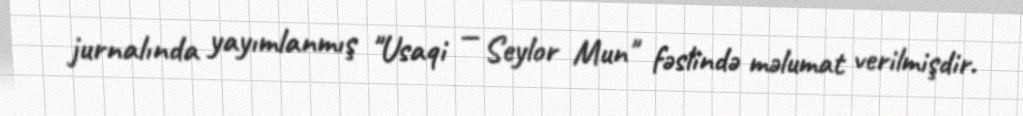
jurnalında yayımlanmış "Usaqi — Seylor Mun" fəslində məlumat verilmişdir.